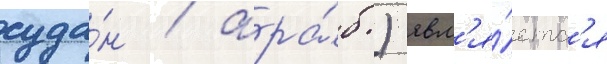
суда́н / ара́б.) явл'я́етс'я